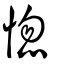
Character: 惚